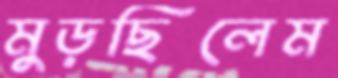
মুড়ছিলেম